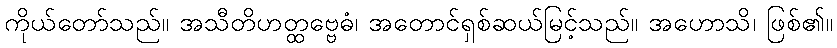
ကိုယ်တော်သည်။ အသီတိဟတ္ထဗ္ဗေဓံ၊ အတောင်ရှစ်ဆယ်မြင့်သည်။ အဟောသိ၊ ဖြစ်၏။